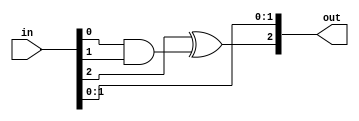
module tof(
    input [2:0] in,
    output [2:0] out
    );
wire w;
assign w = in[0] & in[1];
assign out[0] = in[0];
assign out[1] = in[1];
assign out[2] = in[2] ^ w;


endmodule